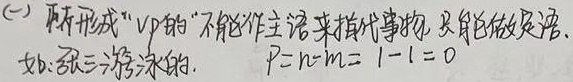
(一) 所形成“VP的”不能作主语来指代事物，只能做定语。如：张三游泳的。\(P = n - m=1 - 1 = 0\)